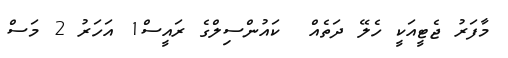
މާފަރު ޖެޓީއަކީ ހެލޭ ދަތެއް  ކައުންސިލްގެ ރައީސް1 އަހަރު 2 މަސް